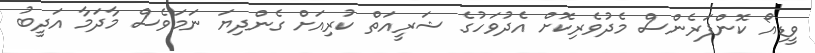
ވީޑިއޯ ކޮންފަރެންސް މެދުވެރިކޮށް އެދުވަހުގެ ޝަރީއަތް ކުރިއަށް ގެންދިޔަ ނަމަވެސް މާދަމާ އަދީބު